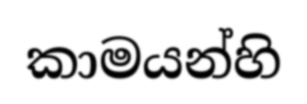
කාමයන්හි